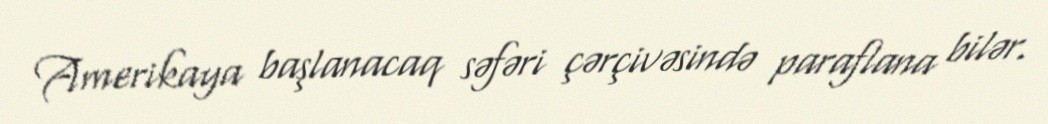
Amerikaya başlanacaq səfəri çərçivəsində paraflana bilər.